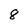
Character: 8